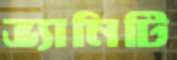
ভ্যানিটি